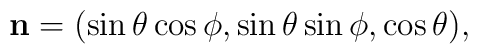
{\bf n} = (\sin \theta \cos \phi , \sin \theta \sin \phi , \cos \theta) ,